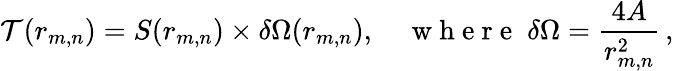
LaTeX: \mathcal{T}(r_{m,n})=S(r_{m,n})\times\delta\Omega(r_{m,n}),\quad\mathrm{~w~h~e~r~e~}\; \delta\Omega=\frac{4A}{r_{m,n}^{2}}\, ,